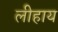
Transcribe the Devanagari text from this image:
लीहाय